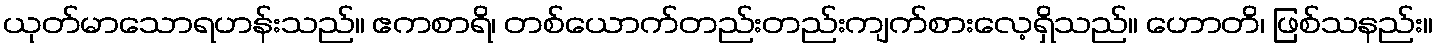
ယုတ်မာသောရဟန်းသည်။ ဧကစာရိ၊ တစ်ယောက်တည်းတည်းကျက်စားလေ့ရှိသည်။ ဟောတိ၊ ဖြစ်သနည်း။